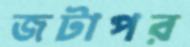
জটাপর